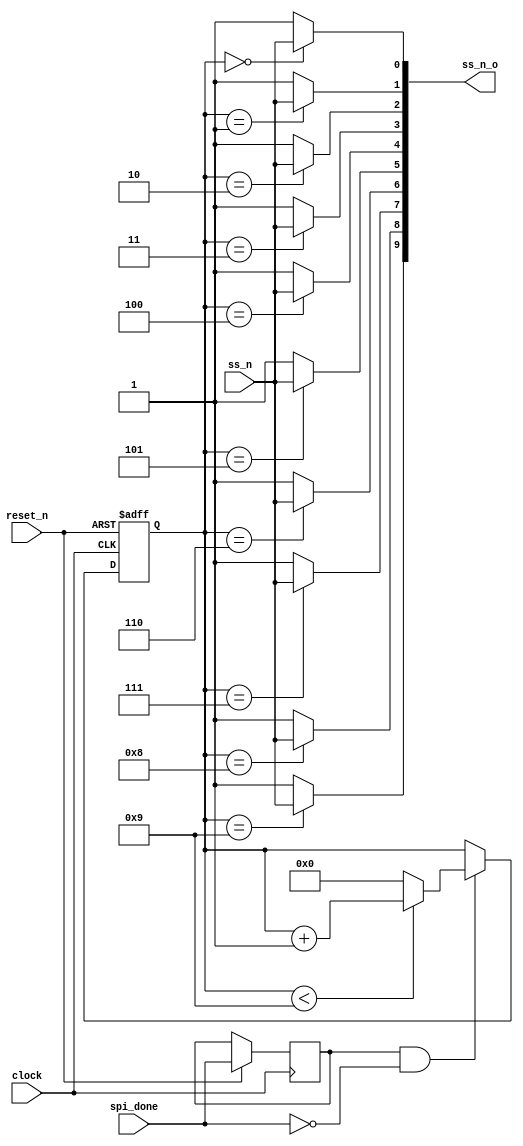
`timescale 1ns/10ps

module pid_switch (
   input clock,
	input reset_n,
	input spi_done,
	input wire ss_n,
	output wire [9:0] ss_n_o
);

reg spi_done_prev;
reg [3:0]pid_mux;

always @(posedge clock, negedge reset_n) begin: PID_SWITCH
	if (reset_n == 0) begin
		pid_mux <= 0;
	end else begin
		spi_done_prev <= spi_done;
		if(spi_done_prev==1 && spi_done==0) begin
			if(pid_mux<9)
				pid_mux <= pid_mux + 1;
			else 
				pid_mux <= 0;
		end
	end
end

assign ss_n_o[0] = (pid_mux==0?ss_n:1);
assign ss_n_o[1] = (pid_mux==1?ss_n:1);
assign ss_n_o[2] = (pid_mux==2?ss_n:1);
assign ss_n_o[3] = (pid_mux==3?ss_n:1);
assign ss_n_o[4] = (pid_mux==4?ss_n:1);
assign ss_n_o[5] = (pid_mux==5?ss_n:1);
assign ss_n_o[6] = (pid_mux==6?ss_n:1);
assign ss_n_o[7] = (pid_mux==7?ss_n:1);
assign ss_n_o[8] = (pid_mux==8?ss_n:1);
assign ss_n_o[9] = (pid_mux==9?ss_n:1);


endmodule